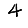
Digit: 4